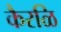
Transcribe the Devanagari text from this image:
कैरळि